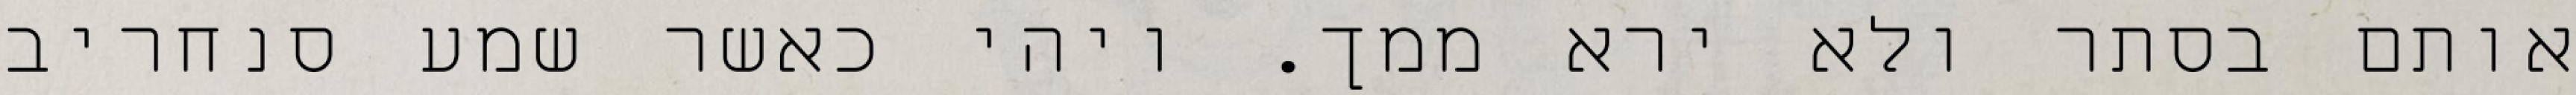
אותם בסתר ולא ירא ממך. ויהי כאשר שמע סנחריב